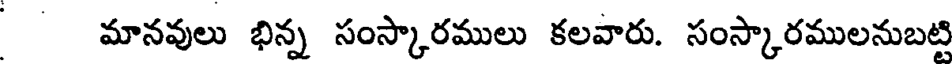
మానవులు భిన్న సంస్కారములు కలవారు. సంస్కారములనుబట్టి